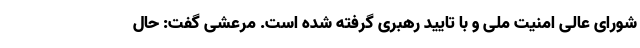
شورای عالی امنیت ملی و با تایید رهبری گرفته شده است. مرعشی گفت: حال